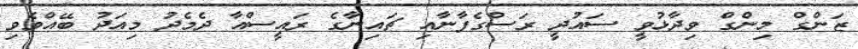
ޒަންގް މިންގް ވިދާޅުވީ ސައުދީ ރަސްގެފާނާއި ޗައިނާގެ ރައީސްއާ ދެމެދު މިއަދު ބޭއްވެވި